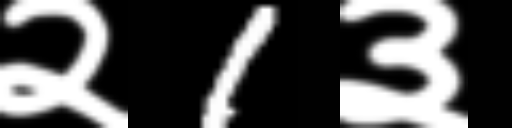
Text: २1३